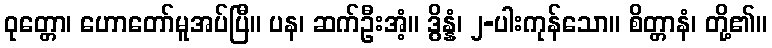
ဝုတ္တော၊ ဟောတော်မူအပ်ပြီ။ ပန၊ ဆက်ဦးအံ့။ ဒွိန္နံ၊ ၂-ပါးကုန်သော။ စိတ္တာနံ၊ တို့၏။